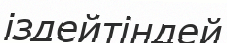
іздейтіндей